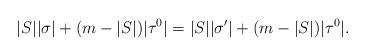
LaTeX: \begin{align*}|S| |\sigma| + (m-|S|)|\tau^0| =|S| |\sigma'| + (m-|S|)|\tau^0| .\end{align*}